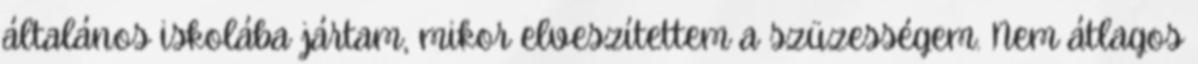
általános iskolába jártam, mikor elveszítettem a szüzességem. Nem átlagos